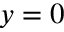
y = 0